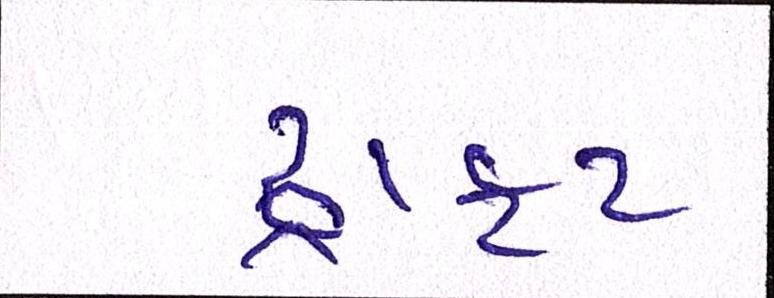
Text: ડ્રાફટ